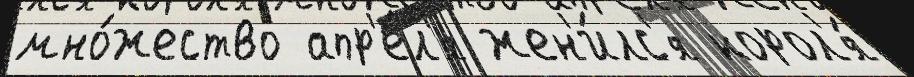
мно́жество апр'е́л'я жен'и́лс'я корол'я́